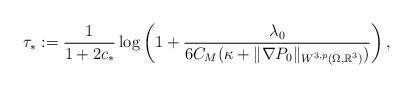
LaTeX: \begin{align*}\tau_{\ast}:=\frac{1}{1+2c_{\ast}}\log\left(1+\frac{\lambda_{0}}{6C_{M}(\kappa+\|\nabla P_{0}\|_{W^{3, p}(\Omega, \mathbb{R}^{3})})}\right),\end{align*}